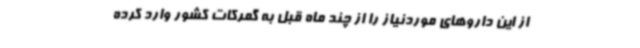
از این داروهای موردنیاز را از چند ماه قبل به گمرکات کشور وارد کرده